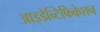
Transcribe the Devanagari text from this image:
आइडेन्टिफिकेशन